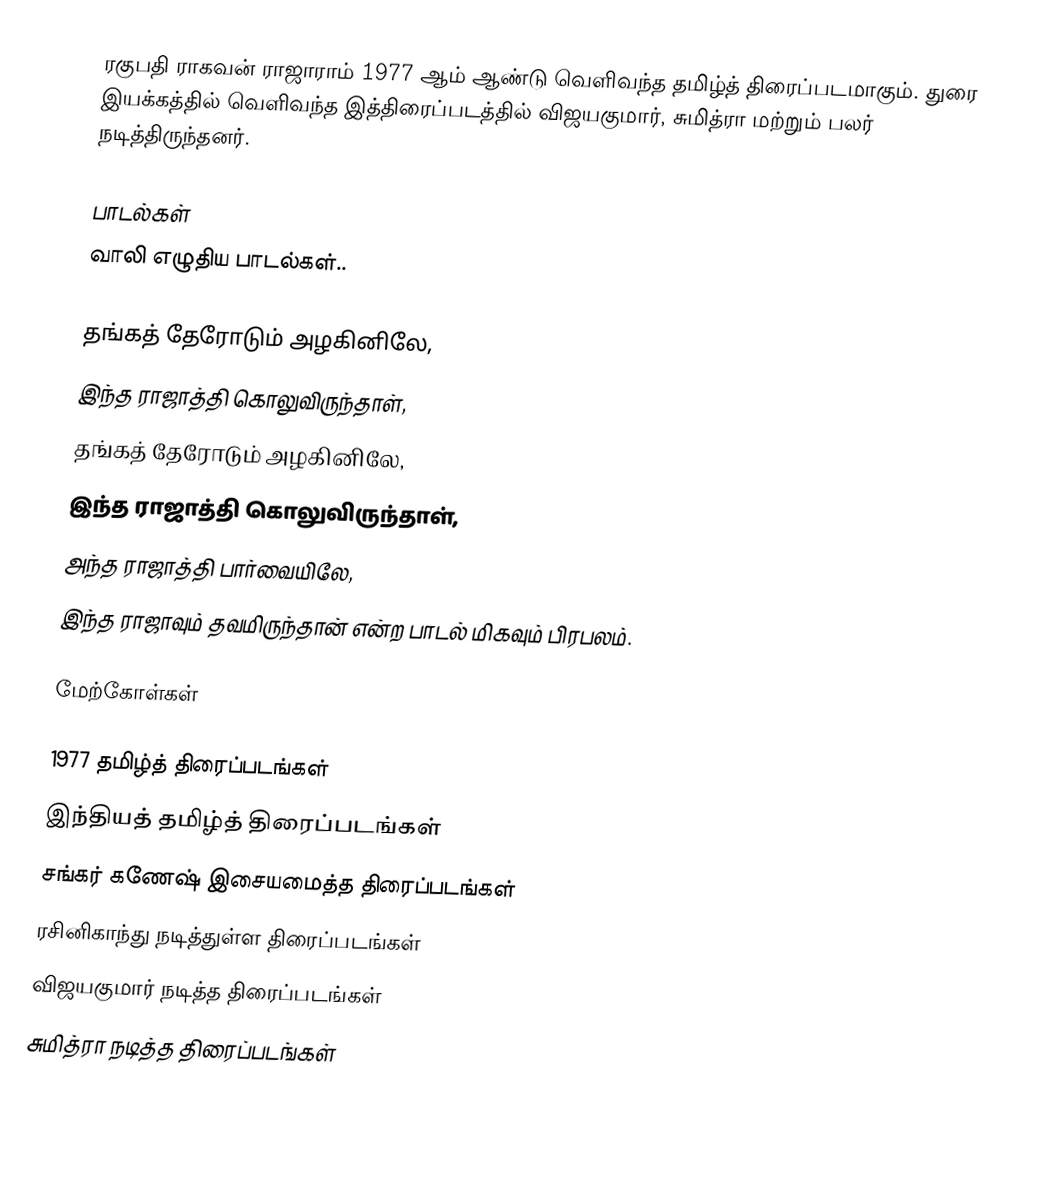
ரகுபதி ராகவன் ராஜாராம் 1977 ஆம் ஆண்டு வெளிவந்த தமிழ்த் திரைப்படமாகும். துரை இயக்கத்தில் வெளிவந்த இத்திரைப்படத்தில் விஜயகுமார், சுமித்ரா மற்றும் பலர் நடித்திருந்தனர்.

பாடல்கள்
வாலி எழுதிய பாடல்கள்..

தங்கத் தேரோடும் அழகினிலே,
இந்த ராஜாத்தி கொலுவிருந்தாள்,
தங்கத் தேரோடும் அழகினிலே,
இந்த ராஜாத்தி கொலுவிருந்தாள்,
அந்த ராஜாத்தி பார்வையிலே,
இந்த ராஜாவும் தவமிருந்தான் என்ற பாடல் மிகவும் பிரபலம்.

மேற்கோள்கள்

1977 தமிழ்த் திரைப்படங்கள்
இந்தியத் தமிழ்த் திரைப்படங்கள்
சங்கர் கணேஷ் இசையமைத்த திரைப்படங்கள்
ரசினிகாந்து நடித்துள்ள திரைப்படங்கள்
விஜயகுமார் நடித்த திரைப்படங்கள்
சுமித்ரா நடித்த திரைப்படங்கள்